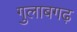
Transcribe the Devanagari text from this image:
गुलाबगढ़